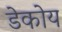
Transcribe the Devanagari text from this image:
डेकोय